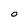
Character: O